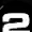
Digit: 2